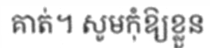
គាត់។ សូមកុំឱ្យខ្លួន